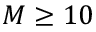
M \ge 1 0